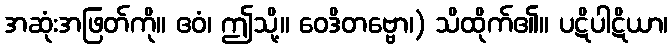
အဆုံးအဖြတ်ကို။ ဧဝံ၊ ဤသို့။ ဝေဒိတဗ္ဗော၊) သိထိုက်၏။ ပဋိပါဋိယာ၊